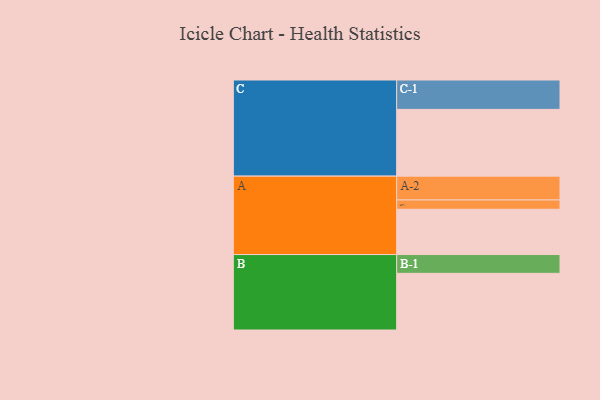
{"axis": {"x": "Segment", "y": "Value"}, "legend": ["", "A", "B", "C"], "data": [{"x": "A", "y": 350, "type": ""}, {"x": "B", "y": 438, "type": ""}, {"x": "C", "y": 516, "type": ""}, {"x": "A-1", "y": 72, "type": "A"}, {"x": "A-2", "y": 184, "type": "A"}, {"x": "B-1", "y": 145, "type": "B"}, {"x": "C-1", "y": 227, "type": "C"}]}